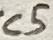
Text: C5